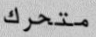
متحرك